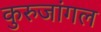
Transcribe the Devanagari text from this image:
कुरुजांगल